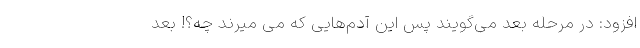
افزود: در مرحله بعد می‌گویند پس این آدم‌هایی که می میرند چه؟! بعد